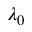
\lambda _ { 0 }